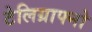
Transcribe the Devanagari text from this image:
टेलिग्राफ्नो